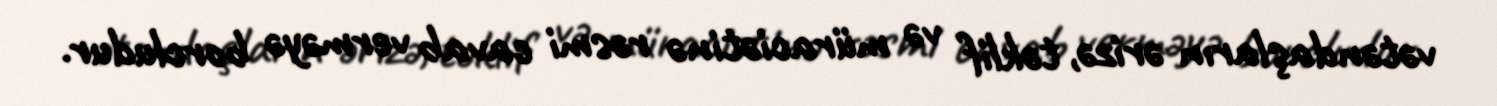
vətəndaşların ərizə, təklif və müraciətinə rəsmi cavab verməyə borcludur.